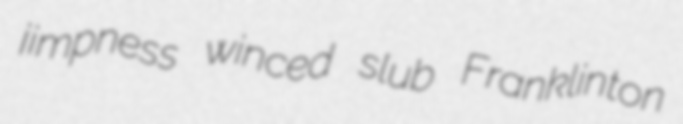
jimpness winced slub Franklinton